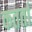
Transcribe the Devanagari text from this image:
कतर्ता